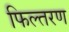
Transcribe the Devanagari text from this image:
फिल्तरण